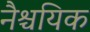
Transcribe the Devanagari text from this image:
नैश्चयिक